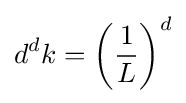
d^{d}k=\left({\frac {1}{L}}\right)^{d}